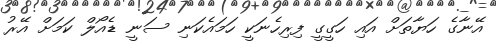
އޭނާގެ ހަޔާތަށް އައި ހަގީގީ ފިރިހެނަކީ ހަމައެކަނި ސަނީ ޑެއޯލް ކަމަށް އޭރު